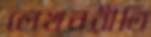
লেখনরীতি